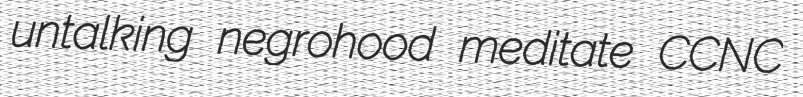
untalking negrohood meditate CCNC